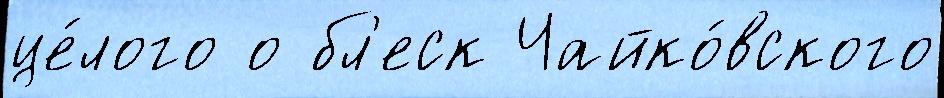
це́лого о бл'еск Чайко́вского